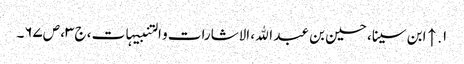
۱. ↑ ابن سینا، حسین بن عبد الله، الاشارات و التنبیہات، ج‌۳، ص‌۶۷‌۔